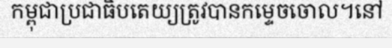
កម្ពុជាប្រជាធិបតេយ្យត្រូវបានកម្ទេចចោល។នៅ